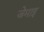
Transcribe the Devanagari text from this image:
जेमाइ